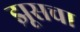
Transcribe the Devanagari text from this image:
झूसचा